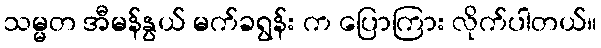
သမ္မတ အီမန်နွယ် မက်ခရွန်း က ပြောကြား လိုက်ပါတယ်။